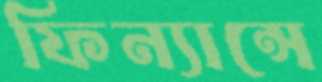
ফিন্যান্সে